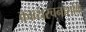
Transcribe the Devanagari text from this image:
काव्यरचनाशक्ति